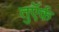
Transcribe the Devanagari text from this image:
तुऍर्क